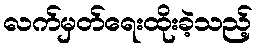
လက်မှတ်ရေးထိုးခဲ့သည့်